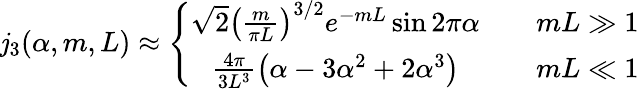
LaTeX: \mathit{j}_{3}(\alpha,m,L)\approx\left\{ \begin{array}{cc}{{\sqrt{2}\left(\frac{m}{\pi L}\right)^{3/2}e^{-mL}\sin 2\pi\alpha}}&{{\quad mL\gg 1}}\\ {{\frac{4\pi}{3L^{3}}\left(\alpha-3\alpha^{2}+2\alpha^{3}\right)}}&{{\quad mL\ll 1}}\end{array}\right.